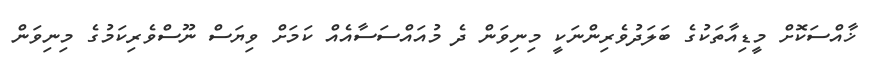
ޚާއްސަކޮށް މީޑިއާތަކުގެ ބަލަދުވެރިންނަކީ މިނިވަން ދެ މުއައްސަސާއެއް ކަމަށް ވިޔަސް ނޫސްވެރިކަމުގެ މިނިވަން